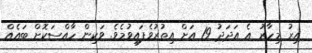
އިރު މިހާރު އެ އަދަދު 19 އަށް އިތުރުވެފައިވުމެވެ. ވަކިން ހާއްސަކޮށް ބައެއް